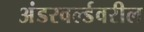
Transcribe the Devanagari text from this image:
अंडरवर्ल्डवरील